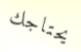
يحتاجك